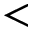
<